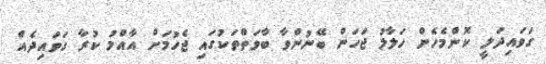
ގަވައިދަލީ ކޮންމެހެން ހަލާލު ޖަހަން ބޭނުންވާ ބާވަތްތަކުގައި ޖެހުމަށް އާއްމު ކުރާ ގަވައިދެއް